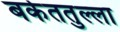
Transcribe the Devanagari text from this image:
बर्कततुल्ला